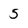
Character: 5